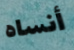
أنساه